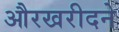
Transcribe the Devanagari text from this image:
औरखरीदने